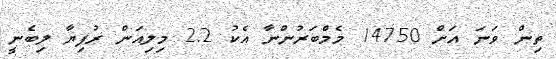
ތިން ވަނަ އަށް 14750 މެމްބަރުންނާ އެކު 2.2 މިލިއަން ރުފިޔާ ލިބެނީ